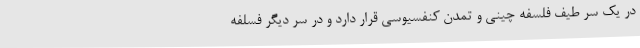
در یک سر طیف فلسفه چینی و تمدن کنفسیوسی قرار دارد و در سر دیگر فسلفه